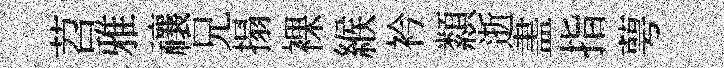
苕雅禳兄搨裸緱衿纇逝𥁞指萼